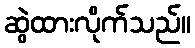
ဆွဲထားလိုက်သည်။